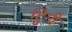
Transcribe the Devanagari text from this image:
ट्विगी